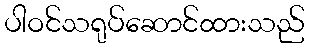
ပါဝင်သရုပ်ဆောင်ထားသည်